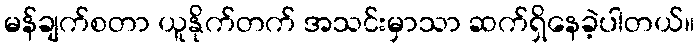
မန်ချက်စတာ ယူနိုက်တက် အသင်းမှာသာ ဆက်ရှိနေခဲ့ပါတယ်။